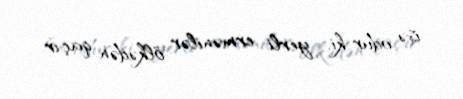
isə odur ki, yerli ermənilər ölkədən qaçır.